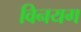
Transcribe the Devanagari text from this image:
विनयग